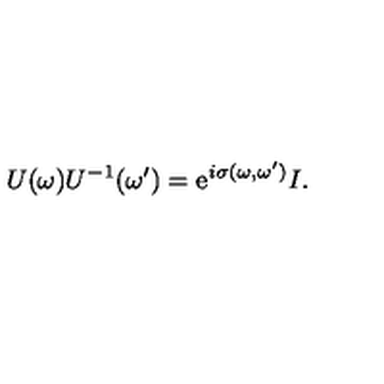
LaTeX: U ( \omega ) U ^ { - 1 } ( \omega ^ { \prime } ) = \mathrm { e } ^ { i \sigma ( \omega , \omega ^ { \prime } ) } I .